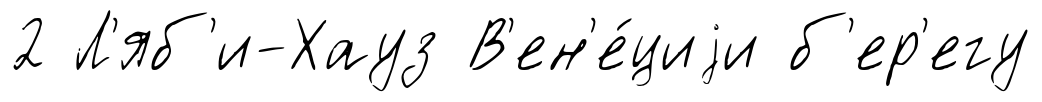
2 Л'яб'и-Хауз В'ен'е́циjи б'ер'егу